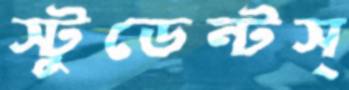
স্টুডেন্টস্